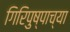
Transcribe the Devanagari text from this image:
गिरिपुष्पाच्या